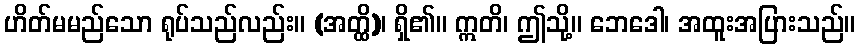
ဟိတ်မမည်သော ရုပ်သည်လည်း။ (အတ္ထိ)၊ ရှိ၏။ ဣတိ၊ ဤသို့။ ဘေဒေါ၊ အထူးအပြားသည်။